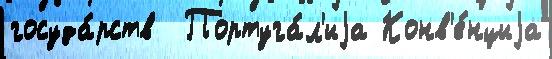
госуда́рств  Португа́л'иjа Конв'е́нциjа